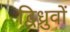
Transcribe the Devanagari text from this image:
द्विध्रुवों